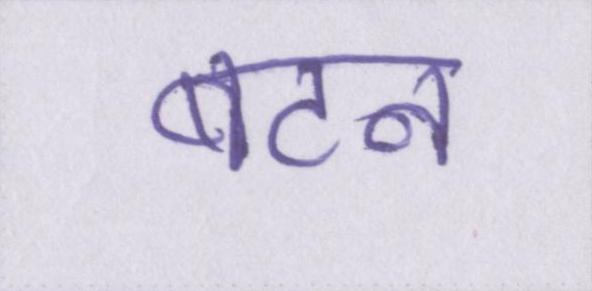
बटन